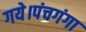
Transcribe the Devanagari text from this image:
गये।पंचगंगा